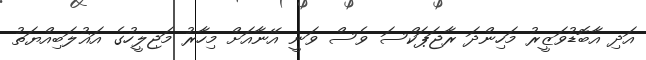
އަދި އާބޮޑުވަޒީރު މަހިންދަ ރާޖަޕަކްސަ ވެސް ވަނީ އޭނާއަށް މިހާރު މަޖިލީހުގެ އަޣުލަބިއްޔަތު